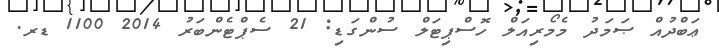
ޢަބްދުއް ޞަމަދު މެމޯރިއަލް ހޮސްޕިޓަލް ސުންގަޑި: 21 ސެޕްޓެންބަރު 2014 1100 ޑރ.